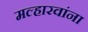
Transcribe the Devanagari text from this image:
मल्हारवांना